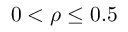
0 < \rho \leq 0 . 5